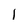
Character: 1